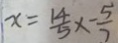
x = \frac { 1 4 } { 5 } \times - \frac { 5 } { 7 }